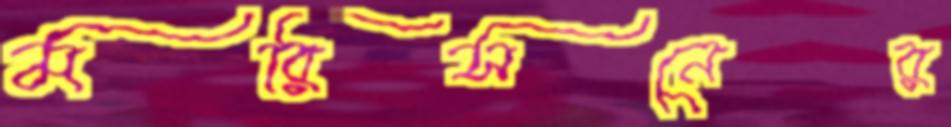
মরিসনের